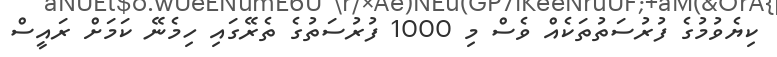
ކިޔެވުމުގެ ފުރުސަތުތަކެއް ވެސް މި 1000 ފުރުސަތުގެ ތެރޭގައި ހިމެނޭ ކަމަށް ރައީސް